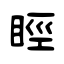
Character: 䀴